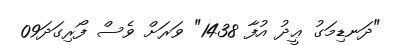
"ދަނޑިމަގު ޢީދު އުފާ 1438" ވަރަށް ވެސް ފޯރިގަދަ09